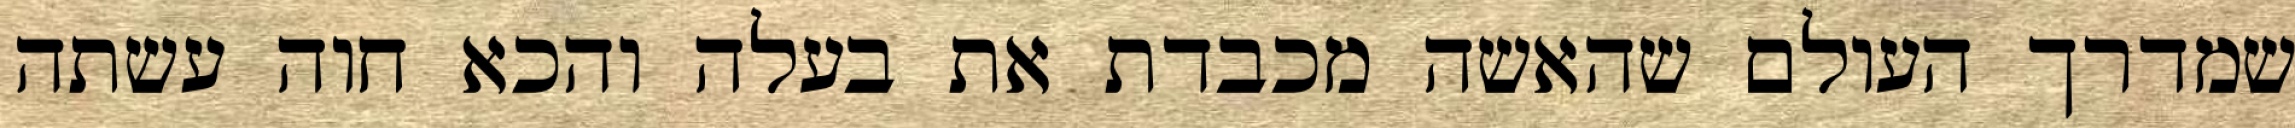
שמדרך העולם שהאשה מכבדת את בעלה והכא חוה עשתה